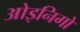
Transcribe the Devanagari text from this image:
ओइनिगो